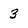
Character: 3